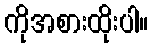
ကိုအစားထိုးပါ။